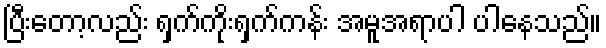
ပြီးတော့လည်း ရှက်ကိုးရှက်ကန်း အမူအရာပါ ပါနေသည်။